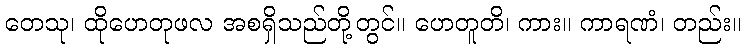
တေသု၊ ထိုဟေတုဖလ အစရှိသည်တို့တွင်။ ဟေတူတိ၊ ကား။ ကာရဏံ၊ တည်း။